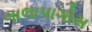
ગાલાપાગોસ